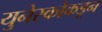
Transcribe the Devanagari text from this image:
युनेस्कोकडून